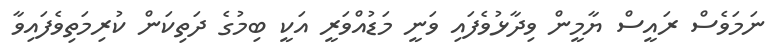
ނަމަވެސް ރައީސް ޔާމީން ވިދާޅުވެފައި ވަނީ މަޑުއްވަރީ އަކީ ބިމުގެ ދަތިކަން ކުރިމަތިވެފައިވާ